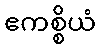
ဧကစ္စိယံ